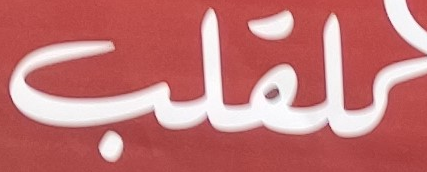
للقلب